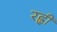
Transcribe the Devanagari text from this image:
रह्वी